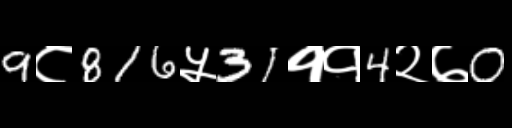
Text: 9८816५31११4२७0